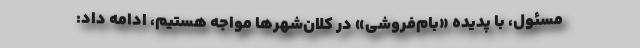
مسئول، با پدیده «بام‌فروشی» در کلان‌شهر‌ها مواجه هستیم، ادامه داد: